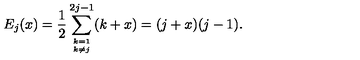
E _ { j } ( x ) = \frac { 1 } { 2 } \sum _ { { k = 1 \atop k \neq j } } ^ { 2 j - 1 } ( k + x ) = ( j + x ) ( j - 1 ) .